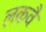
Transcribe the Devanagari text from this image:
लकवै